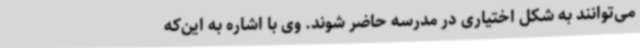
می‌توانند به شکل اختیاری در مدرسه حاضر شوند. وی با اشاره به این‌که